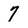
Character: 7